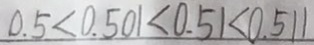
0 . 5 < 0 . 5 0 1 < 0 . 5 1 < 0 . 5 1 1